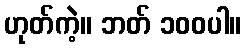
ဟုတ်ကဲ့။ ဘတ် ၁၀၀ပါ။